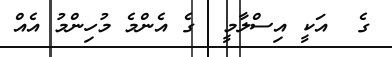
ގެ  އަކީ އިސްލާމީ  ގެ އެންމެ މުހިންމު އެއް